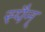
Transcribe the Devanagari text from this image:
स्पैन्